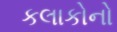
કલાકોનો